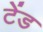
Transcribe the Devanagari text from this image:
टेंड